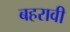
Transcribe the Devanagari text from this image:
बहरावी